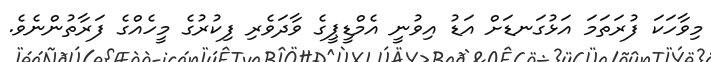
މިވާހަކަ ފުރަތަމަ އަޅުގަނޑަށް އަޑު އިވުނީ އެމްޑީޕީގެ ވާދަވެރި ފިކުރުގެ މީހެއްގެ ފަރާތުންނެވެ.